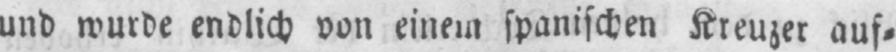
und wurde endlich von einem spanischen Kreuzer auf⸗